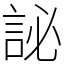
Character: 䛑